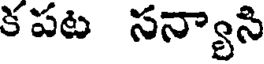
క పట సన్యాసి